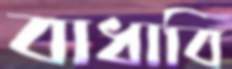
বাধাবি